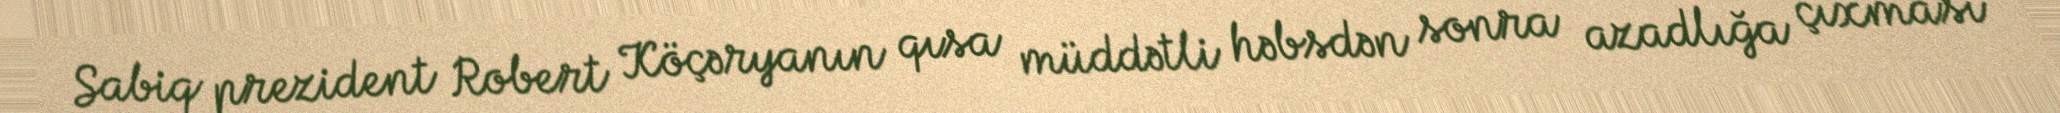
Sabiq prezident Robert Köçəryanın qısa müddətli həbsdən sonra azadlığa çıxması